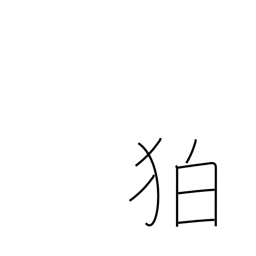
Meaning: archaic part of Korea